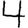
Digit: 4